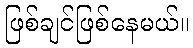
ဖြစ်ချင်ဖြစ်နေမယ်။